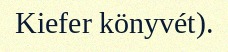
Kiefer könyvét).